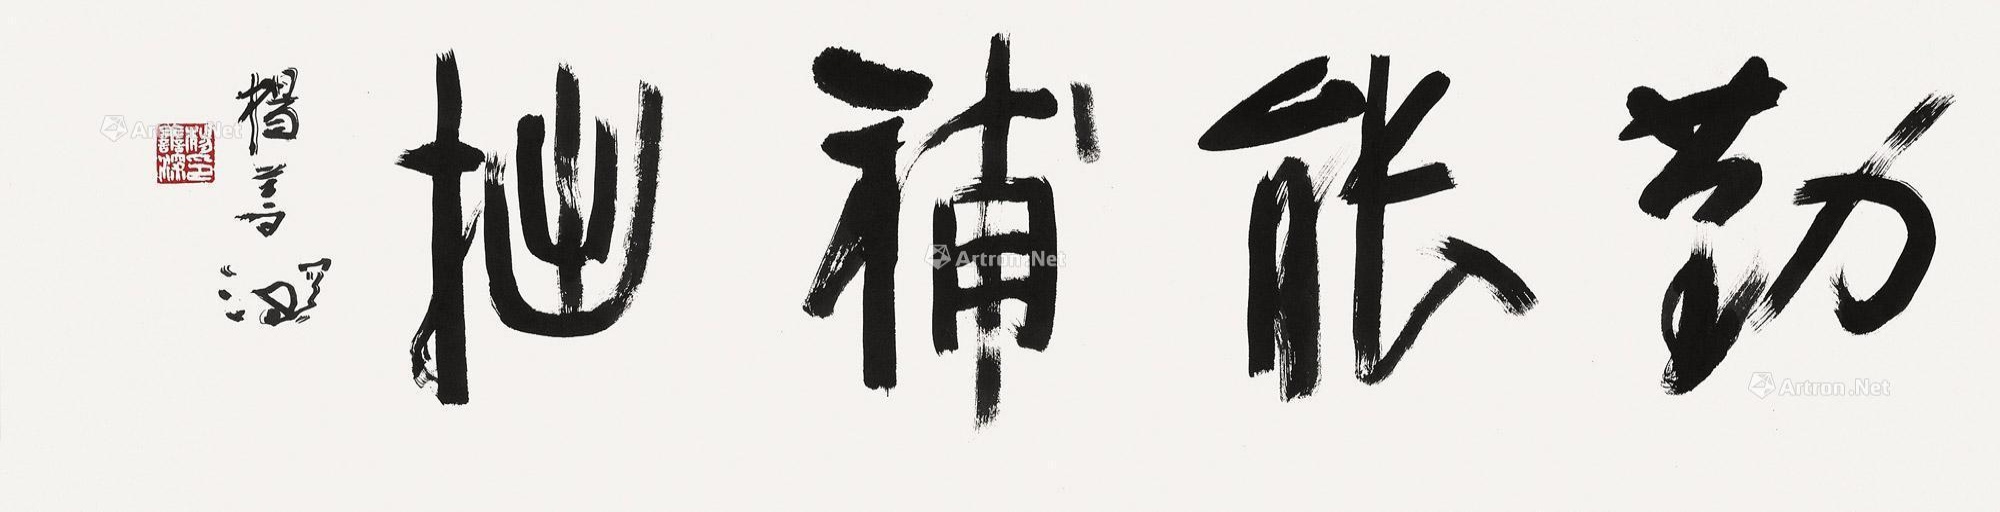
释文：勤能补拙。杨善深。